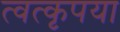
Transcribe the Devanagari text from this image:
त्वत्कृपया